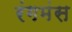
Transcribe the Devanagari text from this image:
रंगमंस